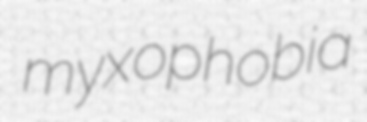
myxophobia